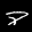
Label: 8